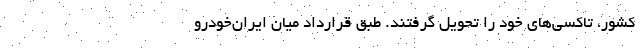
کشور، تاکسی‌های خود را تحویل گرفتند. طبق قرارداد میان ایران‌خودرو